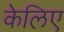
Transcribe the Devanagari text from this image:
केलिए